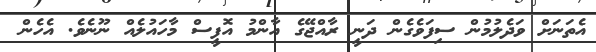
އެތަނަށް ވަދެލުމުން ސިފަވެގެން ދަނީ ރާއްޖޭގެ އާންމު އޮފީސް މާހައުލެއް ނޫނެވެ. އެހެން